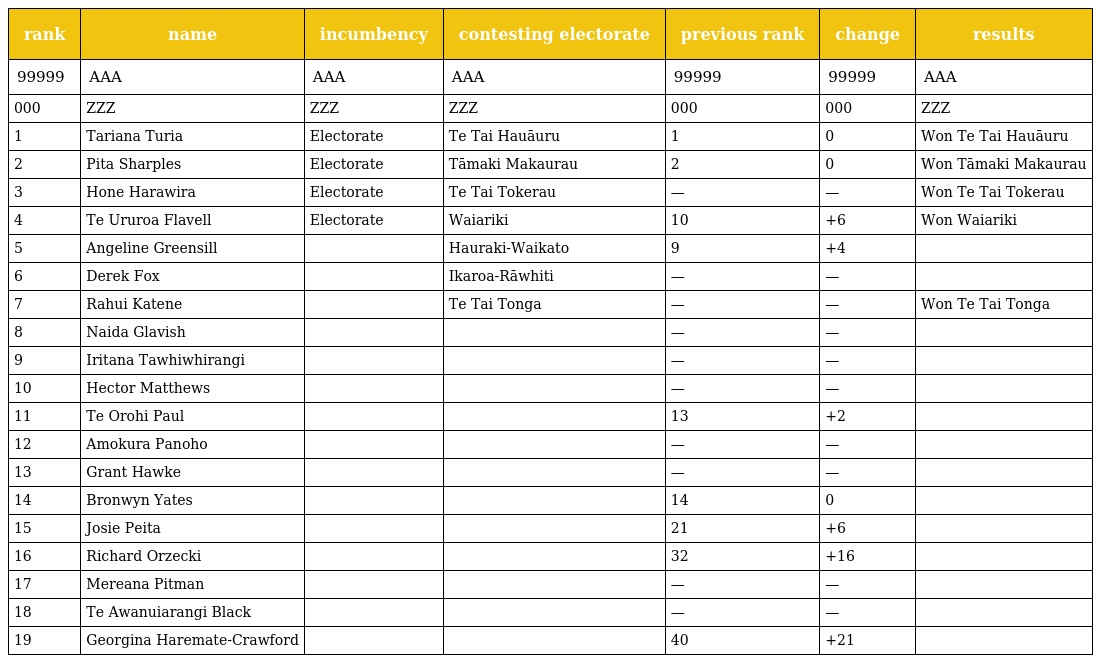
| rank | name | incumbency | contesting electorate | previous rank | change | results |
 | --- | --- | --- | --- | --- | --- | --- |
 | 99999 | AAA | AAA | AAA | 99999 | 99999 | AAA |
 | 000 | ZZZ | ZZZ | ZZZ | 000 | 000 | ZZZ |
 | 1 | Tariana Turia | Electorate | Te Tai Hauāuru | 1 | 0 | Won Te Tai Hauāuru |
 | 2 | Pita Sharples | Electorate | Tāmaki Makaurau | 2 | 0 | Won Tāmaki Makaurau |
 | 3 | Hone Harawira | Electorate | Te Tai Tokerau | — | — | Won Te Tai Tokerau |
 | 4 | Te Ururoa Flavell | Electorate | Waiariki | 10 | +6 | Won Waiariki |
 | 5 | Angeline Greensill |  | Hauraki-Waikato | 9 | +4 |  |
 | 6 | Derek Fox |  | Ikaroa-Rāwhiti | — | — |  |
 | 7 | Rahui Katene |  | Te Tai Tonga | — | — | Won Te Tai Tonga |
 | 8 | Naida Glavish |  |  | — | — |  |
 | 9 | Iritana Tawhiwhirangi |  |  | — | — |  |
 | 10 | Hector Matthews |  |  | — | — |  |
 | 11 | Te Orohi Paul |  |  | 13 | +2 |  |
 | 12 | Amokura Panoho |  |  | — | — |  |
 | 13 | Grant Hawke |  |  | — | — |  |
 | 14 | Bronwyn Yates |  |  | 14 | 0 |  |
 | 15 | Josie Peita |  |  | 21 | +6 |  |
 | 16 | Richard Orzecki |  |  | 32 | +16 |  |
 | 17 | Mereana Pitman |  |  | — | — |  |
 | 18 | Te Awanuiarangi Black |  |  | — | — |  |
 | 19 | Georgina Haremate-Crawford |  |  | 40 | +21 |  |